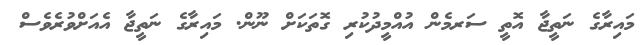
މައިރާގެ ނަތީޖާ އޮތީ ސަރމެން އުއްމީދުކުރި ގޮތަކަށް ނޫން. މައިރާގެ ނަތީޖާ އެއަށްވުރެވެސް